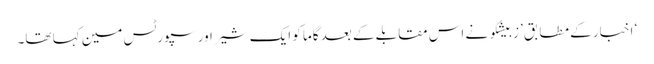
‘ اخبار کے مطابق ’زبیشکو نے اس مقابلے کے بعد گاما کو ایک شیر اور سپورٹس مین کہا تھا۔